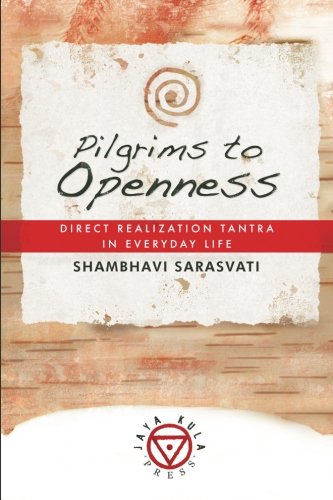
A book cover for Pilgrims to Openness: Direct Realization Tantra in Everyday Life; Shambhavi Sarasvati; Religion & Spirituality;